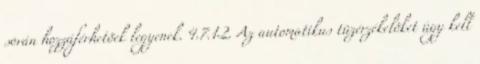
során hozzáférhetõek legyenek. 4.7.1.2. Az automatikus tûzérzékelõket úgy kell